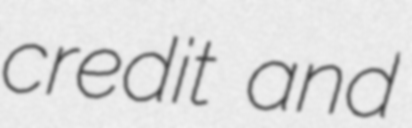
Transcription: credit and